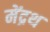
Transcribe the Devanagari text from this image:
मेंद्रथ